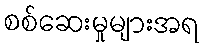
စစ်ဆေးမှုများအရ